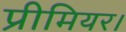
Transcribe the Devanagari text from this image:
प्रीमियर।